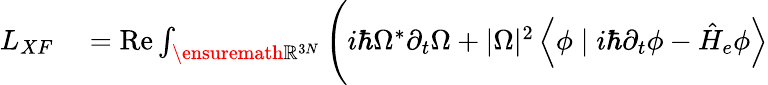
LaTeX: \begin{array}{rl}{L_{XF}}&{{}=\operatorname{Re}\int_{\ensuremath{\mathbb{R}}^{3N}}\Bigg(i\hbar\Omega^{*}\partial_{t}\Omega+|\Omega|^{2}\left\langle\phi\mid i\hbar\partial_{t}\phi-\hat{H}_{e}\phi\right\rangle}\end{array}